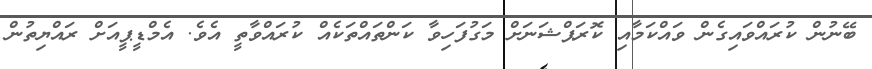
ބޭނުން ކުރައްވައިގެން ވައްކަމާއި ކޮރަޕްޝަނަށް މަގުފަހިވާ ކަންތައްތަކެއް ކުރައްވާތީ އެވެ. އެމްޑީޕީއަށް ރައްޔިތުން